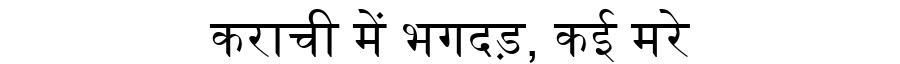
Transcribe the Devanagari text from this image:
कराची में भगदड़, कई मरे